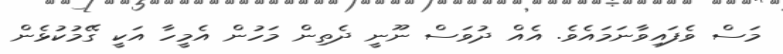
މަސް ވެފައިވާނަމައެވެ. އެއް ދުވަސް ނޫނީ ދެތިން މަހުން އެމީހާ އަކީ ގޭމުކުޅެން